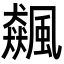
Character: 飆